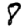
Digit: 8